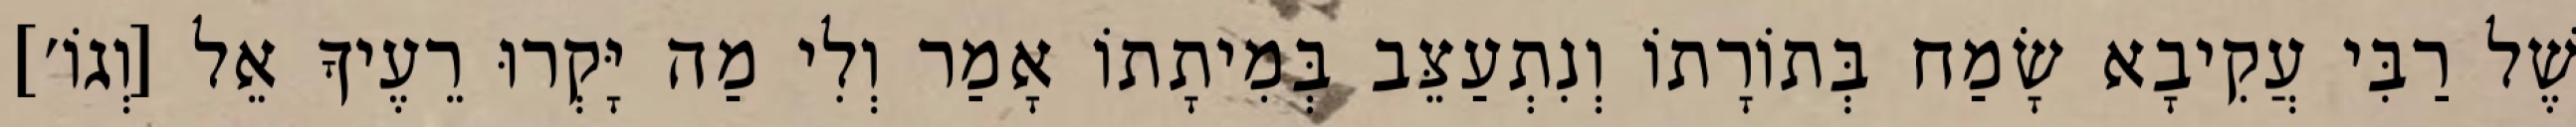
שֶׁל רַבִּי עֲקִיבָא שָׂמַח בְּתוֹרָתוֹ וְנִתְעַצֵּב בְּמִיתָתוֹ אָמַר וְלִי מַה יָּקְרוּ רֵעֶיךָ אֵל [וְגוֹ׳]